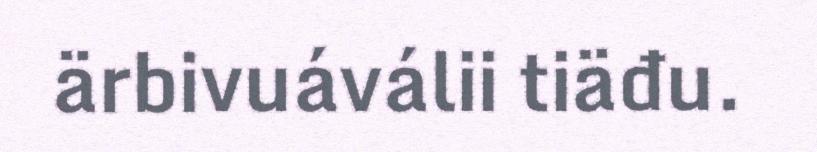
ärbivuáválii tiäđu.